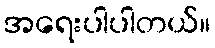
အရေးပါပါတယ်။